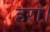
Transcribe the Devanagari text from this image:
हरो।